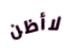
لاأظن